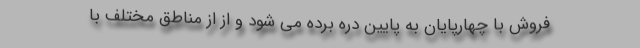
فروش با چهارپایان به پایین دره برده می شود و از از مناطق مختلف با